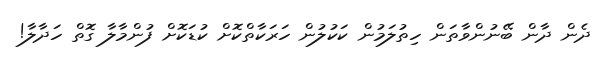
ދެން ދާން ބޭނުންވާތަން ހިތުލަމުން ކަކުލުން ހަރަކާތްކޮށް ކުޑަކޮށް ފުންމާލާ ގޮތް ހަދާލާ!